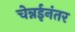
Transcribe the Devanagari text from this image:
चेन्नईनंतर